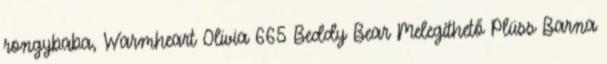
rongybaba, Warmheart Olivia 665 Beddy Bear Melegíthető Plüss Barna